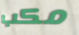
مكب